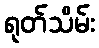
ရုတ်သိမ်း